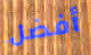
أفضل